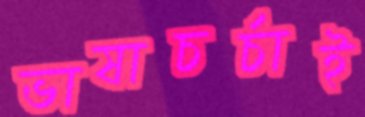
ভাষাচর্চাই